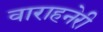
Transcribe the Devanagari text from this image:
वाराहनेरी